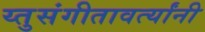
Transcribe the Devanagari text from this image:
य्तुसंगीतावर्त्यांनी